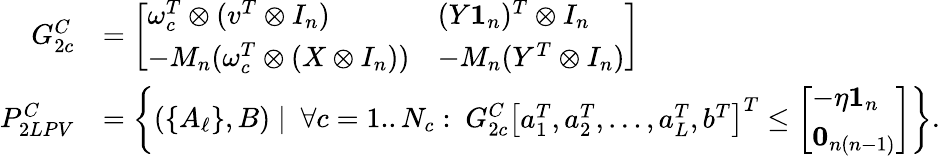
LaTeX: \begin{array}{rl}{G_{2c}^{C}}&{=\left[\begin{array}{ll}{\omega_{c}^{T}\otimes(v^{T}\otimes I_{n})}&{(Y\mathbf{1}_{n})^{T}\otimes I_{n}}\\ {-M_{n}(\omega_{c}^{T}\otimes(X\otimes I_{n}))}&{-M_{n}(Y^{T}\otimes I_{n})}\end{array}\right]}\\ {P_{2LPV}^{C}}&{=\left\{ (\{ A_{\ell}\} ,B)\mid\ \forall c=1..N_{c}:\ G_{2c}^{C}\left[\begin{array}{l}{a_{1}^{T},a_{2}^{T},\ldots,a_{L}^{T},b^{T}}\end{array}\right]^{T}\leq\left[\begin{array}{l}{-\eta\mathbf{1}_{n}}\\ {\mathbf{0}_{n(n-1)}}\end{array}\right]\right\} .}\end{array}